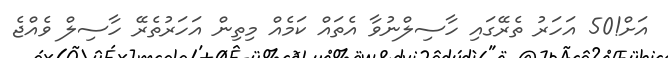
އަށް!50 އަހަރު ތެރޭގައި ހާސިލްނުވާ އެތައް ކަމެއް މިތިން އަހަރުތެރޭ ހާސިލް ވެއްޖެ